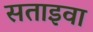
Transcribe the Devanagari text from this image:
सताइवा